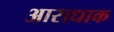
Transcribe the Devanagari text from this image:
आराधाक